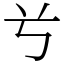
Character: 𠔃